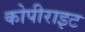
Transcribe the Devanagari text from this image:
कोपीराइट